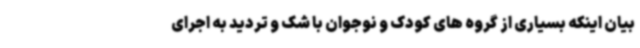
بیان اینکه بسیاری از گروه ‌های کودک و نوجوان با شک و تردید به اجرای